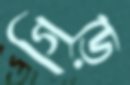
গিড়ে